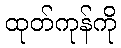
ထုတ်ကုန်ကို